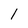
Character: l